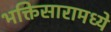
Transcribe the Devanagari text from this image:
भक्तिसारामध्ये